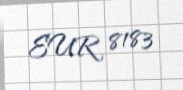
EUR 8183